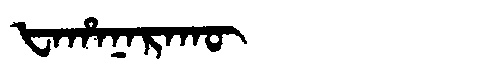
Manchu: ᡶᠠᡥᠠᠨᠠᡵᠠᡴᡡ
Romanization: FAHANARAKŪ